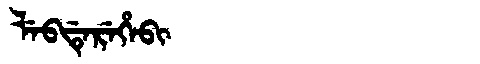
Manchu: ᠯᡝᠪᡩᡝᡵᡝᡥᡝᠪᡳ
Romanization: LEBDEREHEBI